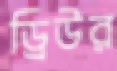
ড্রিউর